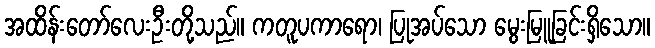
အထိန်းတော်လေးဦးတို့သည်။ ကတူပကာရော၊ ပြုအပ်သော မွေးမြူခြင်းရှိသော။